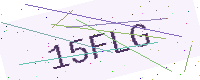
Text: 15FLG